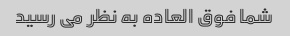
شما فوق العاده به نظر می رسید